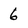
Character: 6